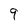
Character: 9